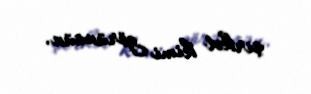
şirkət kimi görünsün.